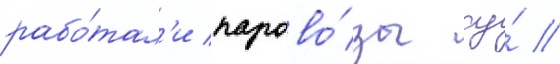
рабо́тал'и парово́зы су́ //